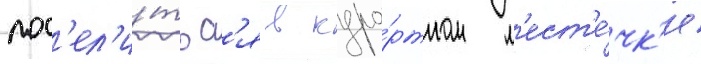
пос'ел'и́тьс'я в куро́ртном м'ест'е́чк'е